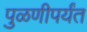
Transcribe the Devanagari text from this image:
पुळणीपर्यंत